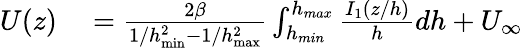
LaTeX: \begin{array}{rl}{U(z)}&{{}=\frac{2\beta}{1/h_{\operatorname*{min}}^{2}-1/h_{\operatorname*{max}}^{2}}\int_{h_{min}}^{h_{max}}\frac{I_{1}\left({z}/{h}\right)}{h}dh+U_{\infty}}\end{array}